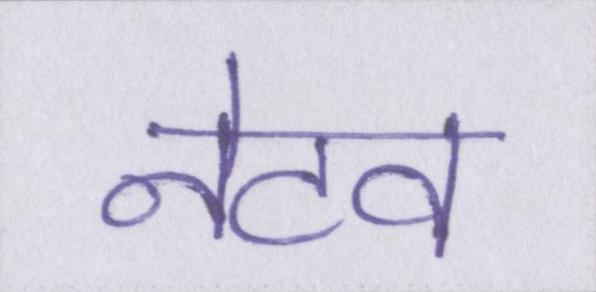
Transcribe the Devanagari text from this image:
नेटव